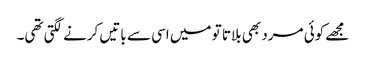
مجھے کوئی مرد بھی بلاتا تو میں اسی سے باتیں کرنے لگتی تھی۔